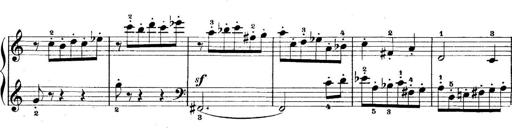
Title: 5 Sonatinas
Composer: Theodor Kirchner